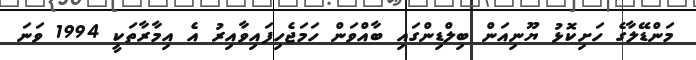
މަންޑޭލާގެ ހަށިކޮޅު ޔޫނިއަން ބިލްޑިންގައި ބާއްވަން ހަމަޖެހިފައިވާއިރު އެ އިމާރާތަކީ 1994 ވަނަ